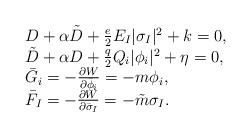
LaTeX: \begin{align*}\begin{array}{ll}D + \alpha \tilde D + \frac{e}{2}E_I |\sigma_I|^2 + k =0,\\\tilde D + \alpha D + \frac{q}{2}Q_i |\phi_i|^2 + \eta =0,\\\bar G_i =- \frac{\partial W}{\partial \bar \phi_i} = -m \phi_i, \\\bar F_I = - \frac{\partial W}{\partial \bar \sigma_I}= -\tilde m \sigma_I.\end{array}\end{align*}